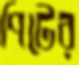
পিটের